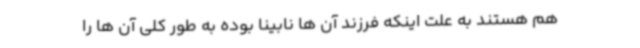
هم هستند به علت اینکه فرزند آن ها نابینا بوده به طور کلی آن ها را